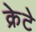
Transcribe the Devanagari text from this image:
क्रेटे